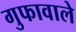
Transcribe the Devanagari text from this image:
गुफावाले